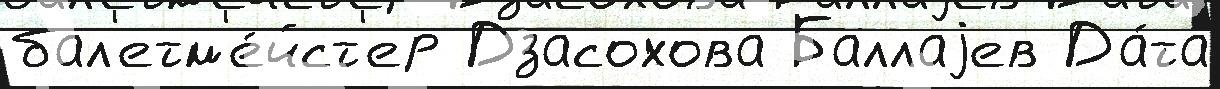
бал'етм'е́йст'ер Дзасохова Баллаjев Да́та